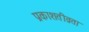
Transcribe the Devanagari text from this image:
प्रकाशतीव्रता